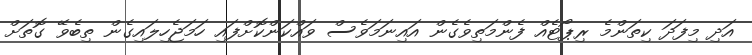
އަދި މިފަދަ ކިތަންމެ ރިޕޯޓެއް ފެންމަތިވެގެން އައިނަމަވެސް ވައްކަންކޮށްފައި ހަމަޖެހިލައިގެން ތިބެވޭ ގޮތަށް